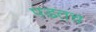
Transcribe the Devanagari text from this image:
पडतच